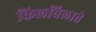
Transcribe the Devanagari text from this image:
किलबिलाते